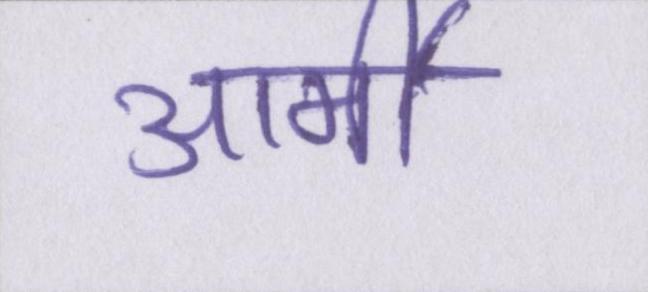
आर्मी